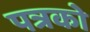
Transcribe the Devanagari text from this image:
पत्रको